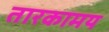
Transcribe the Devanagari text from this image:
तारकामय